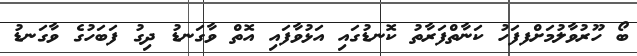
ބޯ ހޫރުވާލުމަށްފފަހު ކަނާތްފަރާތު ކޮނޑުގައި އަޅުވާފައި އޮތް ވާގަނޑު ދިގު ފަބަހުގެ ވާގަނޑު